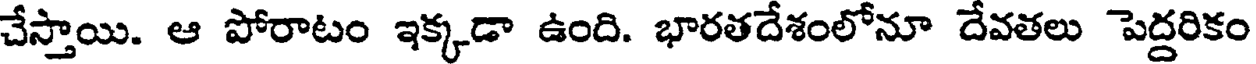
చేస్తాయి. ఆ పోరాటం ఇక్కడా ఉంది. భారతదేశంలోనూ దేవతలు పెద్దరికం